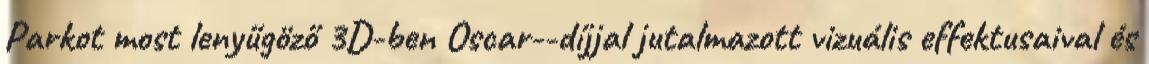
Parkot most lenyűgöző 3D-ben Oscar--díjjal jutalmazott vizuális effektusaival és